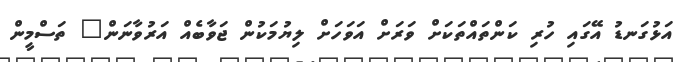
އަޅުގަނޑު އޭގައި ހުރި ކަންތައްތަކަށް ވަރަށް އަވަހަށް ލިޔުމަކުން ޖަވާބެއް އަރުވާނަން" ތަސްމީން